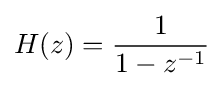
H(z)={\frac {1}{1-z^{-1}}}